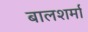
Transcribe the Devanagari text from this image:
बालशर्मा